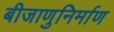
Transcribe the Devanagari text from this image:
बीजाणुनिर्माण